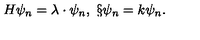
H \psi _ { n } = \lambda \cdot \psi _ { n } , \ \S \psi _ { n } = k \psi _ { n } .